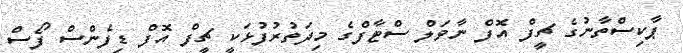
ޕާކިސްތާނުގެ ޗީފް އޮފް ނާވަލް ސްޓާފްގެ މިދަތުރުފުޅަކީ ޗީފް އޮފް ޑިފެންސް ފޯސް